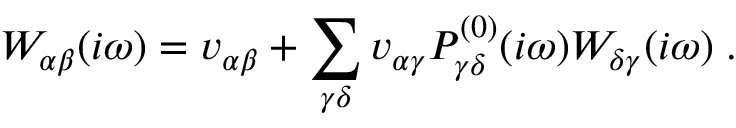
W _ { \alpha \beta } ( i \omega ) = v _ { \alpha \beta } + \sum _ { \gamma \delta } v _ { \alpha \gamma } P _ { \gamma \delta } ^ { ( 0 ) } ( i \omega ) W _ { \delta \gamma } ( i \omega ) \; .